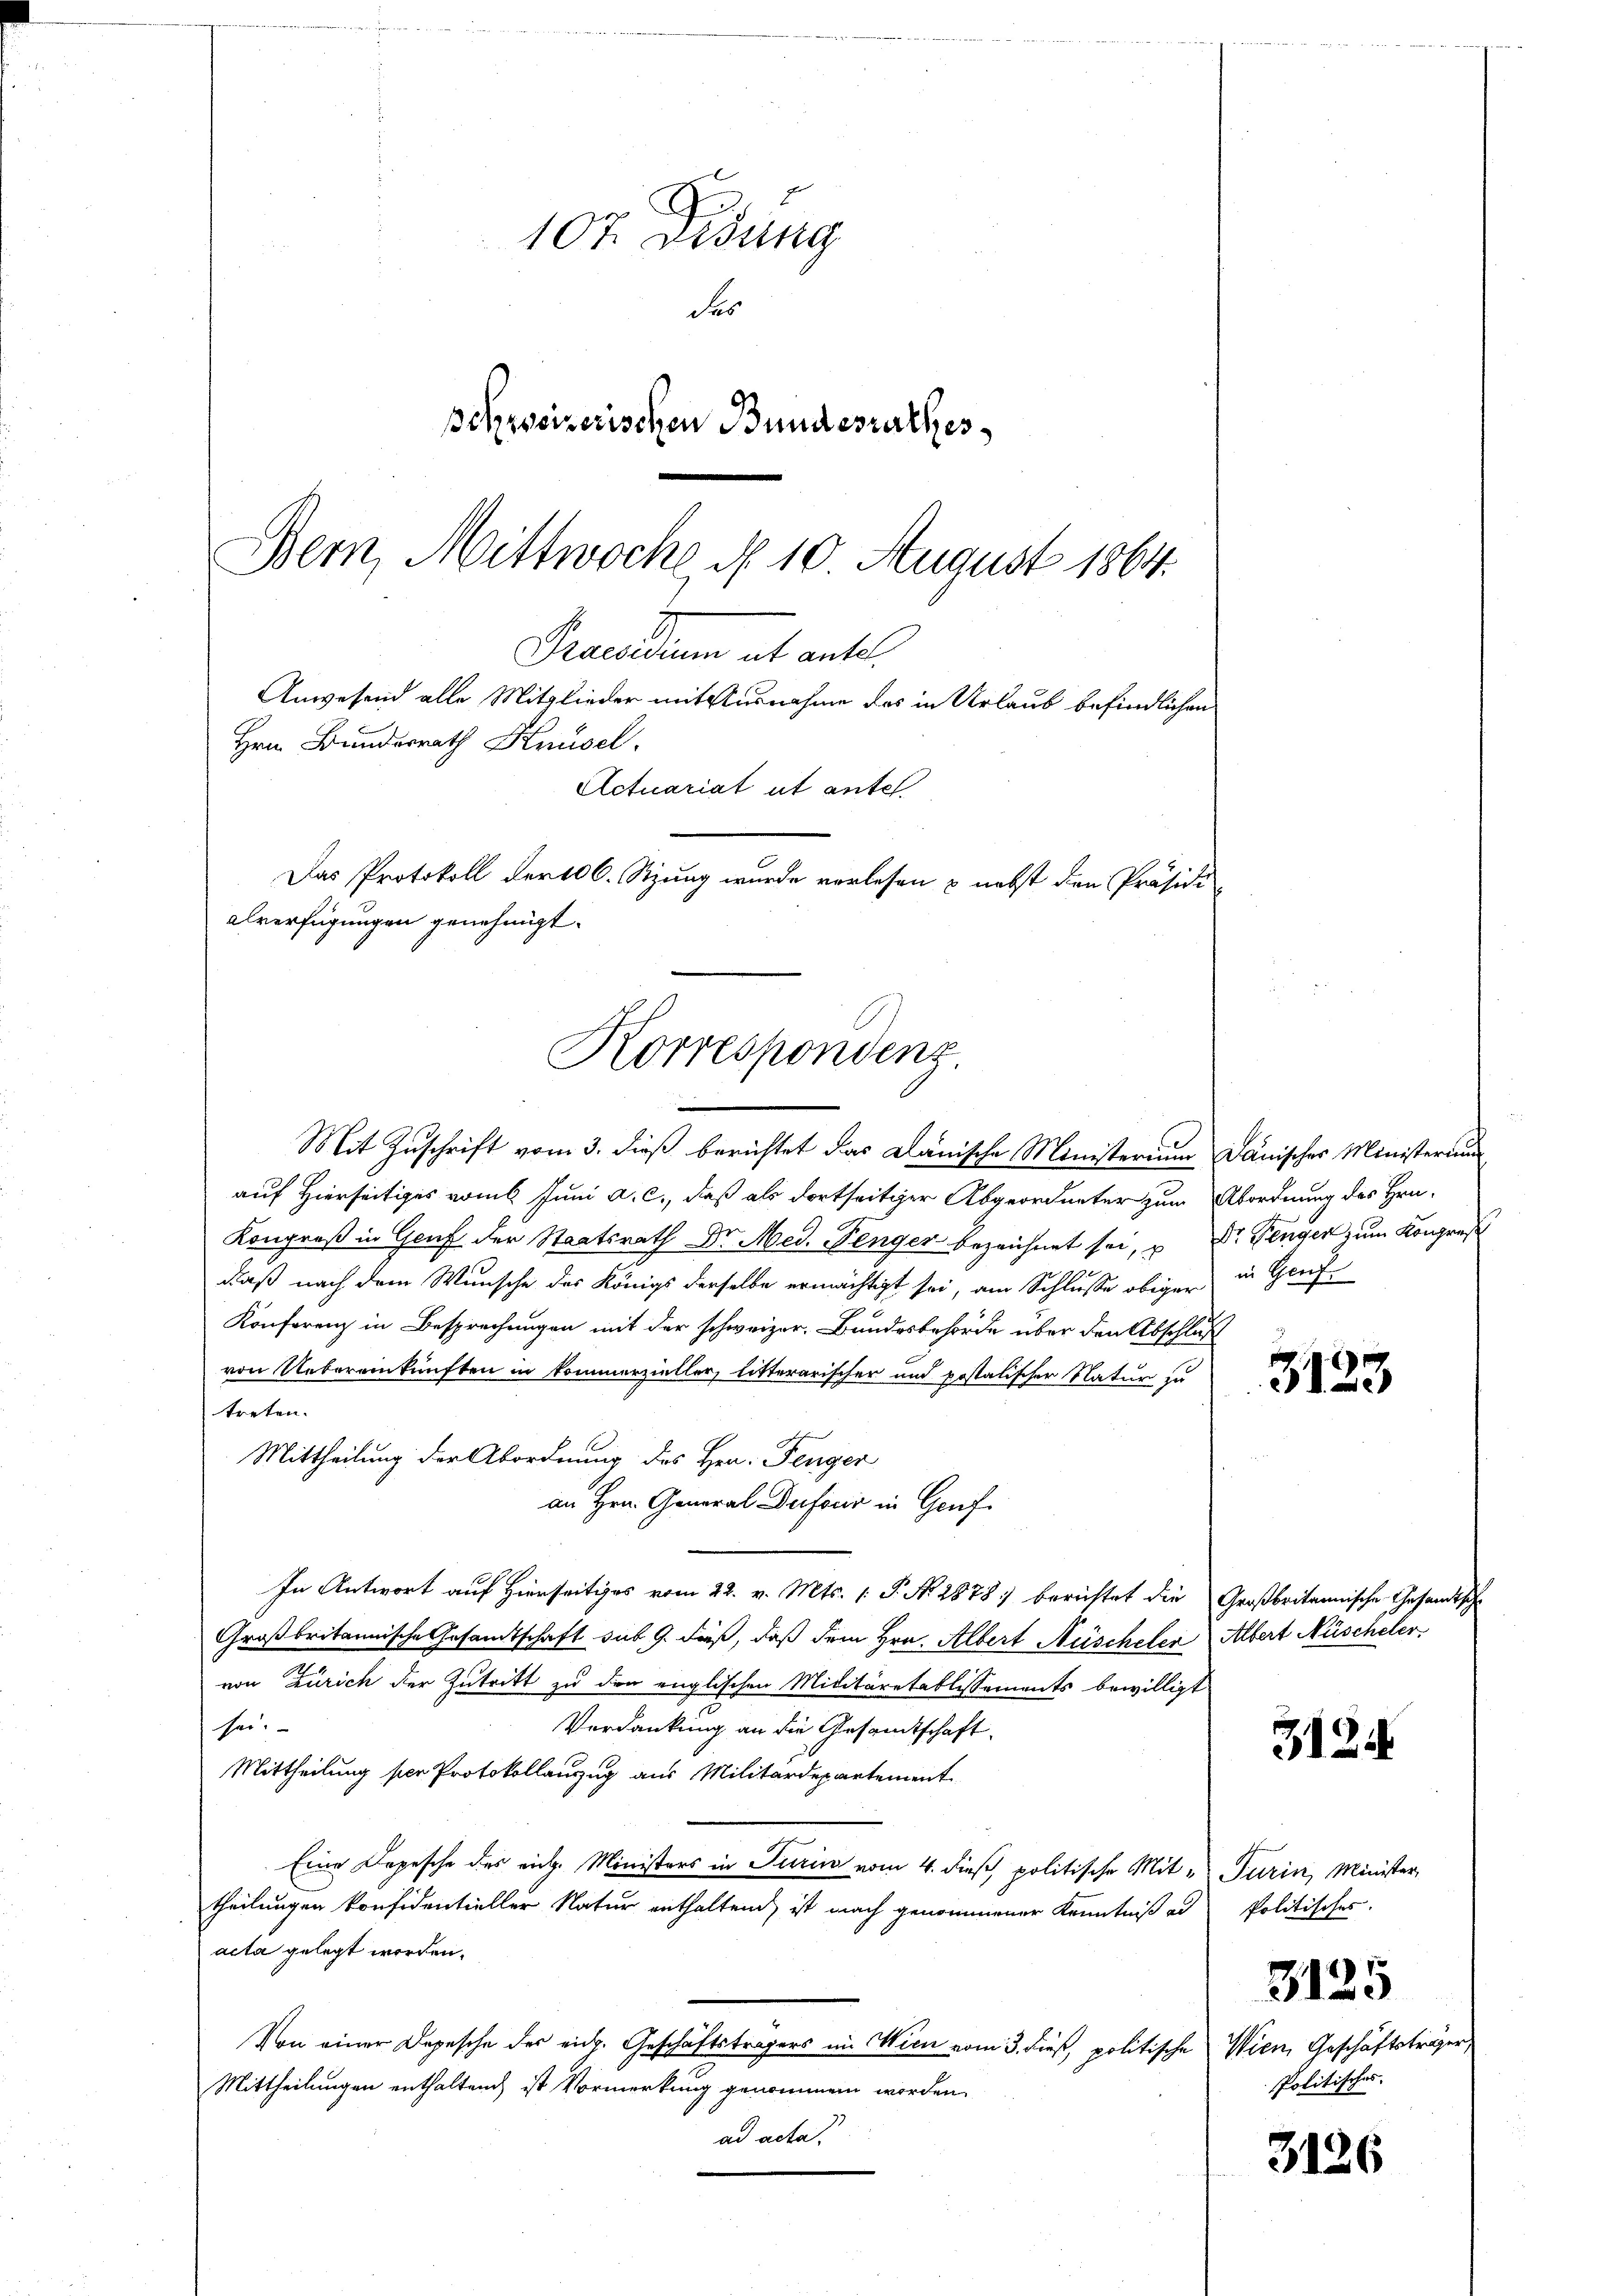
107. Didung
des
schweizerischen Bundesrathes
Bern, Mittwoche d. 10 August 1864.

Precadum et antel.
Hrn. Bunderrath Knüsel.
Actuariat ut antel.
Das Protokoll der 206. Stzung wurde verlesen & nebst den Präsidi-
alverfügungen genehmigt.
Korrespondenz

Mit Zuschrift vom 3. dieß berichtet das Dänische Ministerium dänischer Ministerium
auf Hierseitiges vom 6. Juni a. c., daß als dortseitiger Abgeordneter zum Abordnung des Hrn.
Kongreß in Genf der Staatsrath Dr Med. Penger bezeichnet sei, u Dr. Finger, um Kongres
daß nach dem Wunsche des Königs derselbe ermächtigt sei, am Schlusse obiger in Genz¬
Konferenz in Besprechungen mit der schweizer. Bundesbehörde über den Abschluß
von Uebereinkünften in kommerzieller, litterarischer und postalischer Natur zu
treten.
Mittheilung der Abordnung des Hrn. Fenger
an Hrn. General Dufour in Gruf
In Antwort auf Hierseitiges vom 22. v. Mts. [ P. No. 2878) berichtet die Großbritannische Gesandtsche
Großbritannische Gesamtschaft sub 9. Faß, daß dem Hrn. Albert Nüscheler Albert Nüscheler
von Zürich der Zutritt zu den englischen Militäretablissements bewilligt
sei.
Verdankung an die Gesandtschaft.
Mittheilung per Protokollauszug aus Militärdepartement
Eine Depesche des eich. Ministers in Turin vom 4. dieß, politische Mit Turin, Minister,
theilungen konfidentieller Natur enthaltend, ist nach genommener Kenntniß ad Politisches
acta gelegt worden.
Von einer Depesche der ein. Geschäftsträgers im Wien vom 3. dieß, politische Wien, Geschäftsträger,
Mittheilungen enthaltend ist Vormerkung genommen worden.
ad acta,

Anwesend alle Mitglieder mit Ausnahme des in Urlaub befindlichen

3123

3124

3125
Politisches

3126